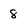
Character: 8